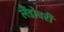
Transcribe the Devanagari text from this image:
लैंडोवरी